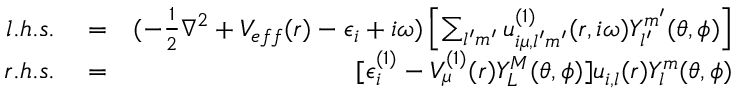
\begin{array} { r l r } { l . h . s . } & { { } = } & { ( - \frac { 1 } { 2 } \nabla ^ { 2 } + V _ { e f f } ( r ) - \epsilon _ { i } + i \omega ) \left[ \sum _ { l ^ { \prime } m ^ { \prime } } u _ { i \mu , l ^ { \prime } m ^ { \prime } } ^ { ( 1 ) } ( r , i \omega ) Y _ { l ^ { \prime } } ^ { m ^ { \prime } } ( \theta , \phi ) \right] } \\ { r . h . s . } & { { } = } & { [ \epsilon _ { i } ^ { ( 1 ) } - V _ { \mu } ^ { ( 1 ) } ( r ) Y _ { L } ^ { M } ( \theta , \phi ) ] u _ { i , l } ( r ) Y _ { l } ^ { m } ( \theta , \phi ) } \end{array}